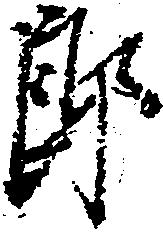
郎